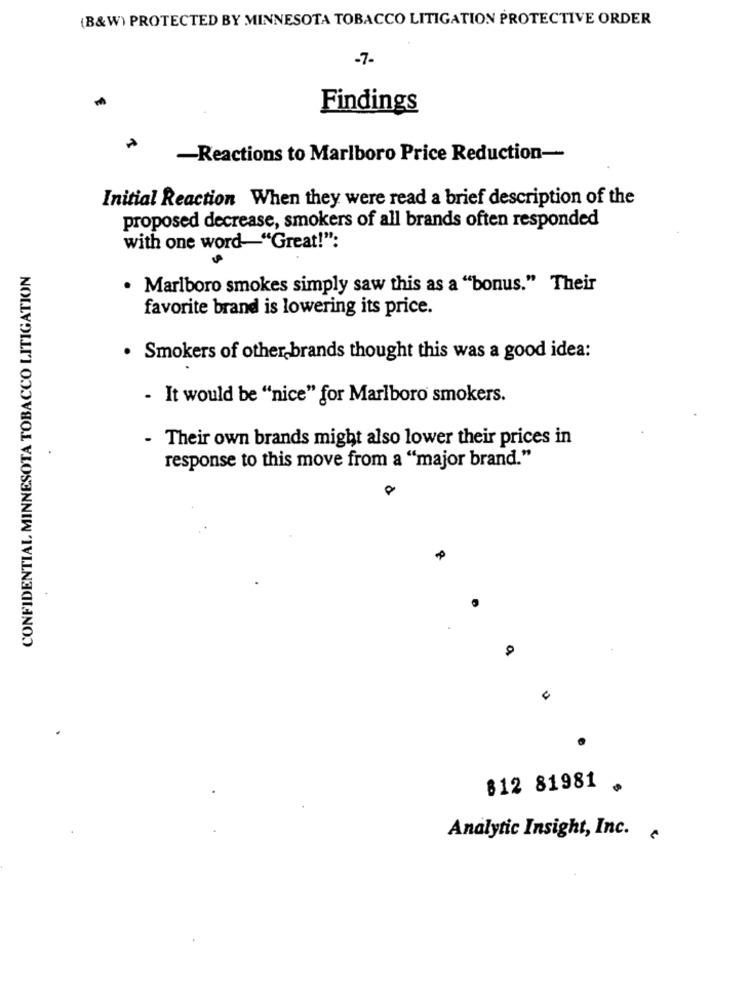
(B&W) PROTECTED BY MINNESOTA TOBACCO LITIGATION PROTECTIVE ORDER
-7-
Findings
-Reactions to Marlboro Price Reduction-
Initial Reaction When they were read a brief description of the
proposed decrease, smokers of all brands often responded
with one word-"Great!":
CONFIDENTIAL MINNESOTA TOBACCO LITIGATION
. Marlboro smokes simply saw this as a "bonus." Their
favorite brand is lowering its price.
· Smokers of other brands thought this was a good idea:
- It would be "nice" for Marlboro smokers.
- Their own brands might also lower their prices in
response to this move from a "major brand."
O
.
$12 81981
Analytic Insight, Inc.